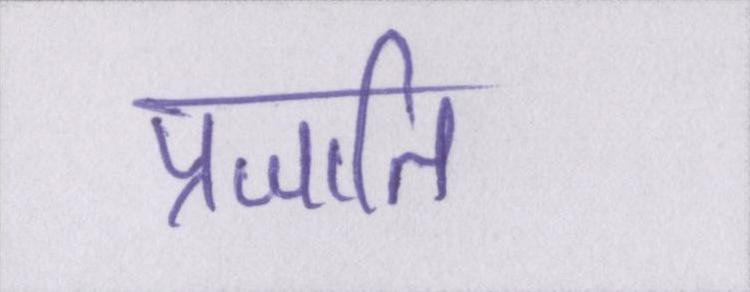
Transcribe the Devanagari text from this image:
प्रजाति